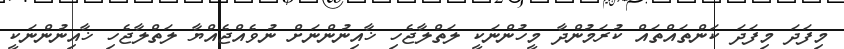
މިފަދަ މިފަދަ ކަންތައްތައް ކުރަމުންދާ މީހުންނަކީ ލަތްލާޖެހި ޚާއިނުންނަށް ނުވެއްޖެއްޔާ ލަތްލާޖެހި ޚާއިނުންނަކީ